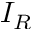
I _ { R }